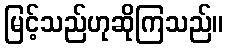
မြင့်သည်ဟုဆိုကြသည်။